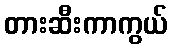
တားဆီးကာကွယ်